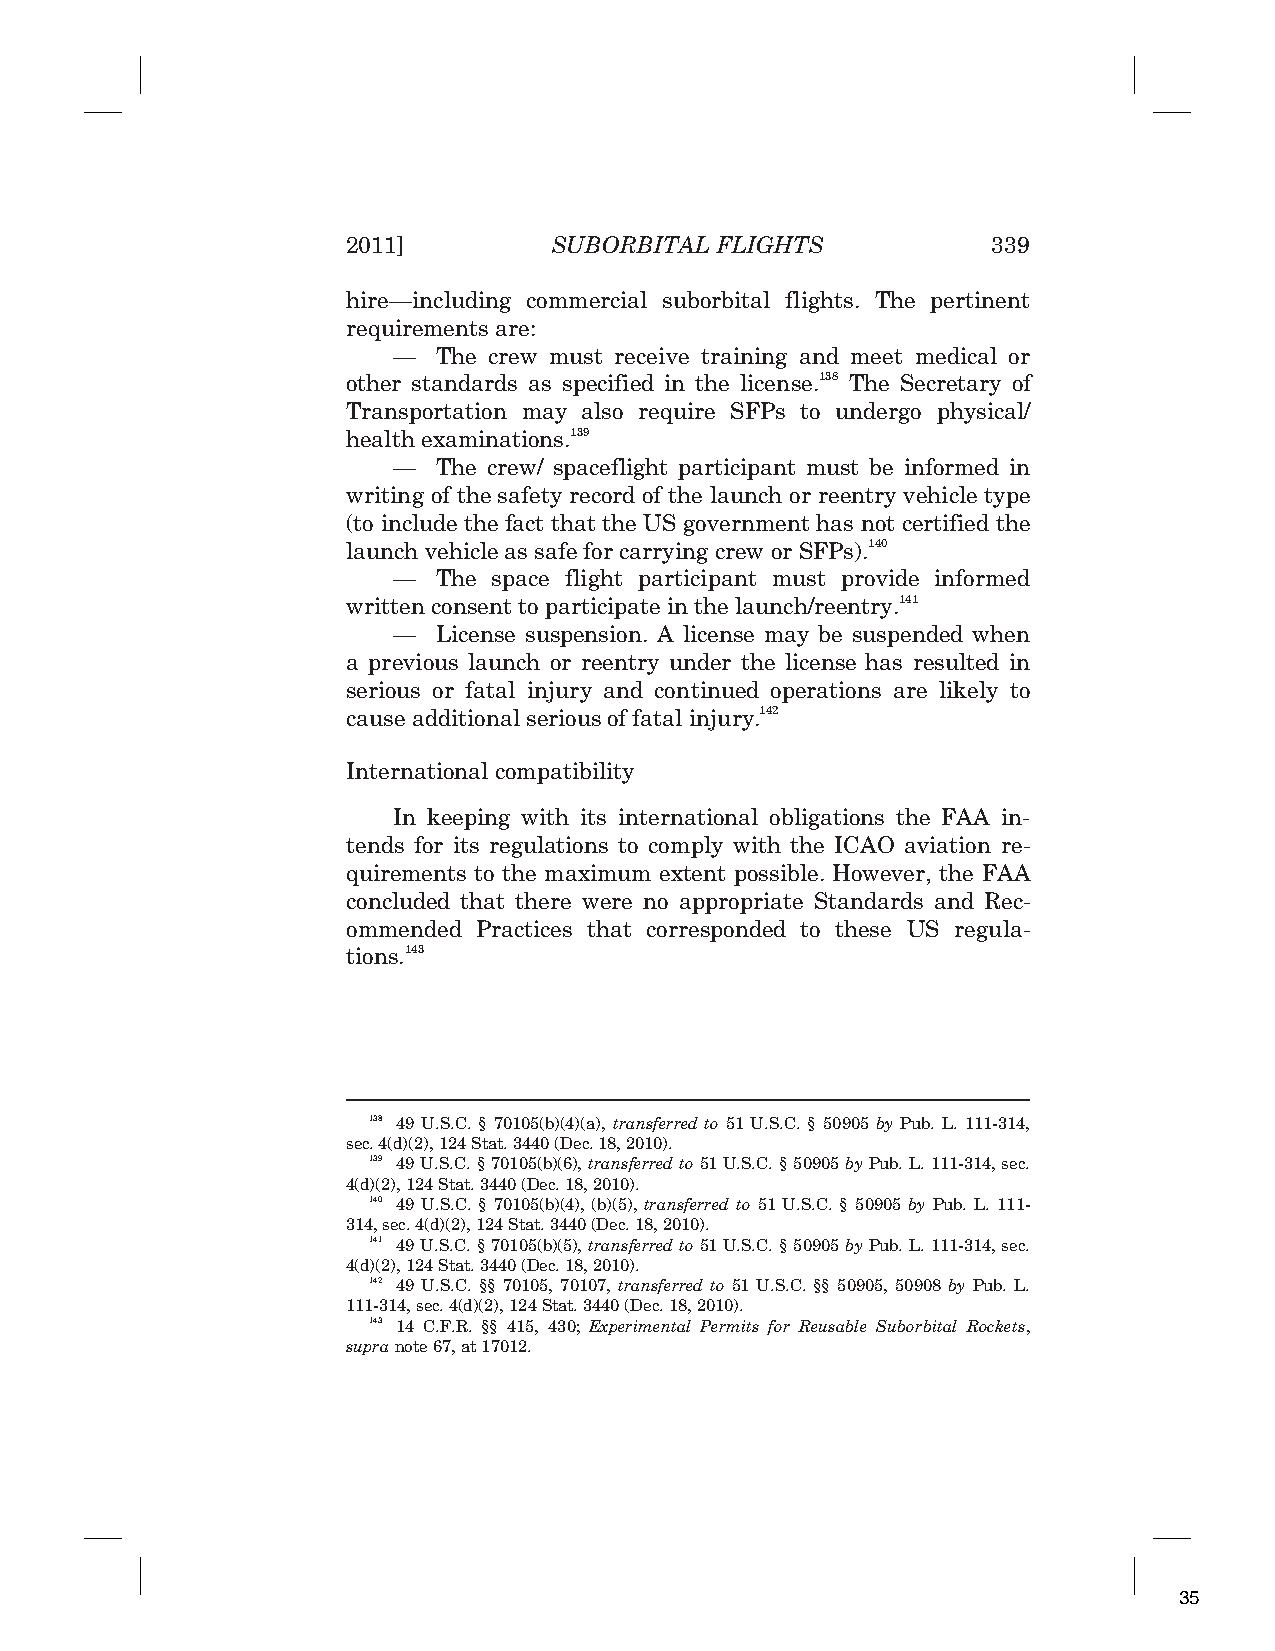
2011]         SUBORBITAL FLIGHTS           339
 hire—including commercial suborbital flights. The pertinent
 requirements are:
 —  The crew must receive training and meet medical or
 other standards as specified in the license.138 The Secretary of
 Transportation may also require SFPs to undergo physical/
 health examinations.139
 —  The crew/ spaceflight participant must be informed in
 writing of the safety record of the launch or reentry vehicle type
 (to include the fact that the US government has not certified the
 launch vehicle as safe for carrying crew or SFPs).140
 —  The space flight participant must provide informed
 written consent to participate in the launch/reentry.141
 —  License suspension. A license may be suspended when
 a previous launch or reentry under the license has resulted in
 serious or fatal injury and continued operations are likely to
 cause additional serious of fatal injury.142
 International compatibility
 In keeping with its international obligations the FAA in-
 tends for its regulations to comply with the ICAO aviation re-
 quirements to the maximum extent possible. However, the FAA
 concluded that there were no appropriate Standards and Rec-
 ommended Practices that corresponded to these US regula-
 tions.143
 138 49 U.S.C. § 70105(b)(4)(a), transferred to 51 U.S.C. § 50905 by Pub. L. 111-314,
 sec. 4(d)(2), 124 Stat. 3440 (Dec. 18, 2010).
 139 49 U.S.C. § 70105(b)(6), transferred to 51 U.S.C. § 50905 byPub. L. 111-314, sec.
 4(d)(2), 124 Stat. 3440 (Dec. 18, 2010).
 140 49 U.S.C. § 70105(b)(4), (b)(5), transferred to 51 U.S.C. § 50905 by Pub. L. 111-
 314, sec. 4(d)(2), 124 Stat. 3440 (Dec. 18, 2010).
 141 49 U.S.C. § 70105(b)(5), transferred to 51 U.S.C. § 50905 byPub. L. 111-314, sec.
 4(d)(2), 124 Stat. 3440 (Dec. 18, 2010).
 142 49 U.S.C. §§ 70105, 70107, transferred to 51 U.S.C. §§ 50905, 50908 by Pub. L.
 111-314, sec. 4(d)(2), 124 Stat. 3440 (Dec. 18, 2010).
 143 14 C.F.R. §§ 415, 430; Experimental Permits for Reusable Suborbital Rockets,
 supra note 67, at 17012.
 35